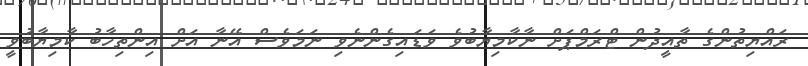
ރައްޔިތުންގެ ތާއީދުން ޓްރަމްޕަށް ނާކާމިޔާބުވެ ވަޑައިގެންނެވި ނަމަވެސް އޭނާ އަށް އިންތިހާބު ކާމިޔާބުވީ